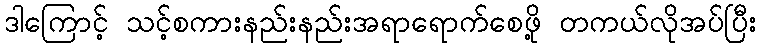
ဒါကြောင့် သင့်စကားနည်းနည်းအရာရောက်စေဖို့ တကယ်လိုအပ်ပြီး